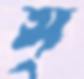
স্